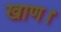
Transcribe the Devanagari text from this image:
खाण।